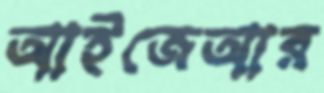
আইজেআর